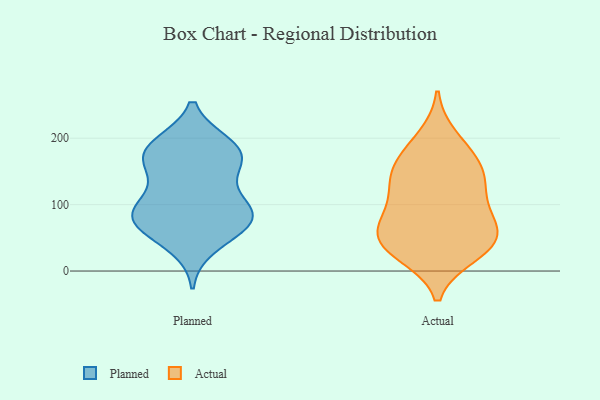
{"axis": {"x": "Shipments", "y": "Value"}, "legend": ["Actual", "Planned"], "data": [{"x": "", "y": 191, "type": "Planned"}, {"x": "", "y": 91, "type": "Planned"}, {"x": "", "y": 68, "type": "Planned"}, {"x": "", "y": 168, "type": "Planned"}, {"x": "", "y": 100, "type": "Planned"}, {"x": "", "y": 145, "type": "Planned"}, {"x": "", "y": 67, "type": "Planned"}, {"x": "", "y": 102, "type": "Planned"}, {"x": "", "y": 72, "type": "Planned"}, {"x": "", "y": 76, "type": "Planned"}, {"x": "", "y": 90, "type": "Planned"}, {"x": "", "y": 37, "type": "Planned"}, {"x": "", "y": 190, "type": "Planned"}, {"x": "", "y": 172, "type": "Planned"}, {"x": "", "y": 185, "type": "Planned"}, {"x": "", "y": 162, "type": "Planned"}, {"x": "", "y": 148, "type": "Actual"}, {"x": "", "y": 33, "type": "Actual"}, {"x": "", "y": 42, "type": "Actual"}, {"x": "", "y": 133, "type": "Actual"}, {"x": "", "y": 65, "type": "Actual"}, {"x": "", "y": 162, "type": "Actual"}, {"x": "", "y": 175, "type": "Actual"}, {"x": "", "y": 200, "type": "Actual"}, {"x": "", "y": 51, "type": "Actual"}, {"x": "", "y": 109, "type": "Actual"}, {"x": "", "y": 40, "type": "Actual"}, {"x": "", "y": 26, "type": "Actual"}, {"x": "", "y": 80, "type": "Actual"}, {"x": "", "y": 76, "type": "Actual"}, {"x": "", "y": 132, "type": "Actual"}]}